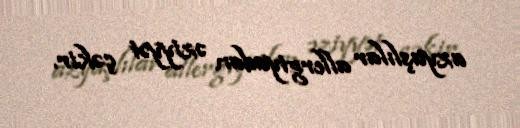
azyaşlılar allergiyadan əziyyət çəkir.